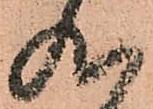
九